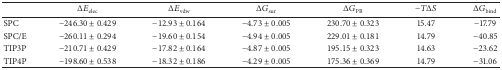
<table><thead><tr><td><b> </b></td><td><b>Δ<i>E</i><sub>elec</sub></b></td><td><b>Δ<i>E</i><sub>vdw</sub></b></td><td><b>Δ<i>G</i><sub>sur</sub></b></td><td><b>Δ<i>G</i><sub>PB</sub></b></td><td><b>−<i>T</i>Δ<i>S</i></b></td><td><b>Δ<i>G</i><sub>bind</sub></b></td></tr></thead><tbody><tr><td> SPC </td><td> − 246.30 ± 0.429</td><td> − 12.93 ± 0.164</td><td> − 4.73 ± 0.005</td><td>230.70 ± 0.323</td><td> 15.47 </td><td> −17.79 </td></tr><tr><td>SPC/E </td><td> − 260.11 ± 0.294</td><td> − 19.60 ± 0.154</td><td> − 4.94 ± 0.005</td><td>229.01 ± 0.181</td><td> 14.79 </td><td> −40.85</td></tr><tr><td>TIP3P </td><td> − 210.71 ± 0.429</td><td> − 17.82 ± 0.164</td><td> − 4.87 ± 0.005</td><td>195.15 ± 0.323</td><td> 14.63 </td><td> −23.62 </td></tr><tr><td>TIP4P </td><td> − 198.60 ± 0.538</td><td> − 18.32 ± 0.186</td><td> − 4.29 ± 0.005</td><td>175.36 ± 0.369</td><td> 14.79 </td><td> −31.06 </td></tr></tbody></table>